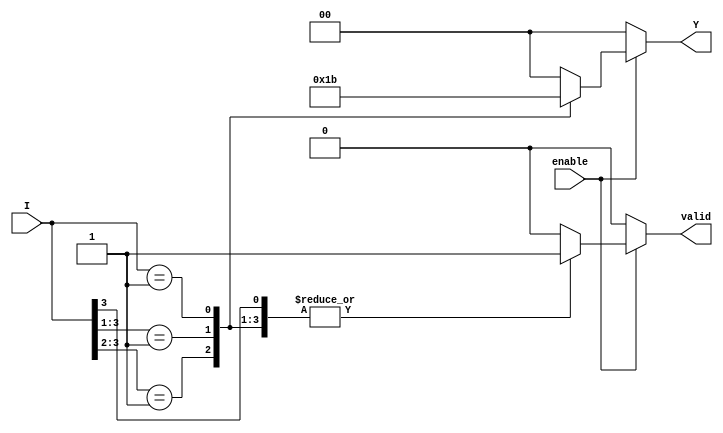
module priority_encoder (
    input wire [3:0] I,       // 4 input lines
    input wire enable,        // Enable signal
    output reg [1:0] Y,       // 2-bit output for the index of the highest priority input
    output reg valid          // Output valid signal
);

    always @(*) begin
        if (!enable) begin
            Y = 2'b00;         // Default state when not enabled
            valid = 1'b0;      // Output not valid
        end else begin
            casez (I)          // Casez allows for handling don't care conditions
                4'b1??? : begin Y = 2'b00; valid = 1'b1; end // I0 is high
                4'b01?? : begin Y = 2'b01; valid = 1'b1; end // I1 is high
                4'b001? : begin Y = 2'b10; valid = 1'b1; end // I2 is high
                4'b0001 : begin Y = 2'b11; valid = 1'b1; end // I3 is high
                default : begin Y = 2'b00; valid = 1'b0; end // No inputs active
            endcase
        end
    end
endmodule